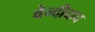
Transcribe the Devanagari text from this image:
वेन्दीदाद